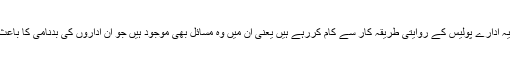
تاحال یہ ادارے پولیس کے روایتی طریقہ کار سے کام کررہے ہیں یعنی ان میں وہ مسائل بھی موجود ہیں جو ان اداروں کی بدنامی کا باعث ہیں ۔